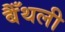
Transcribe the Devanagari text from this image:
बैँथली